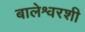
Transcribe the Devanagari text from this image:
बालेश्वरशी